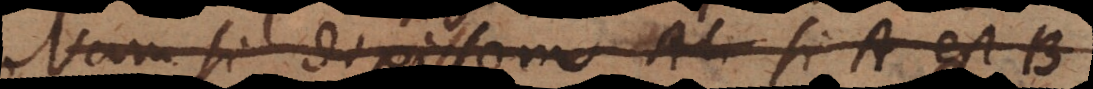
Nam si dixissem Ali si A est B